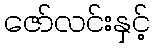
ဇော်လင်းနှင့်